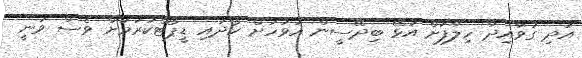
އަދި ގަވާއިދާ ހިލާފަށް އުޅޭ ބިދޭސީން އަވަހަށް ހޯދައި ޑީޕޯޓްކުރުމަށް ވެސް ވަނީ